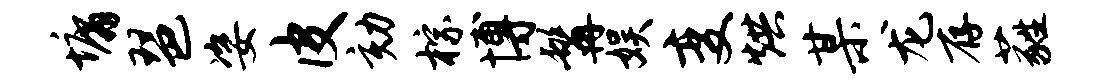
墉琶姿皮劾棕博髯娱变烘某龙存蕤